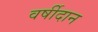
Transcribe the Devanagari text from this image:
वर्षीदान